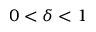
0 < \delta < 1